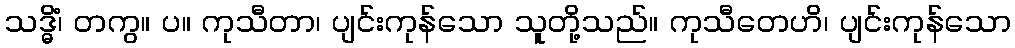
သဒ္ဓိံ၊ တကွ။ ပ။ ကုသီတာ၊ ပျင်းကုန်သော သူတို့သည်။ ကုသီတေဟိ၊ ပျင်းကုန်သော